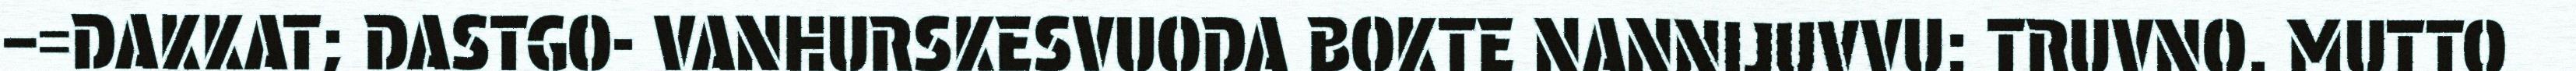
–=DAKKAT; DASTGO- VANHURSKESVUODA BOKTE NANNIJUVVU: TRUVNO. MUTTO